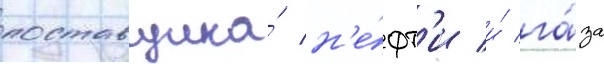
поставщика́ н'е́фт'и и́ га́за